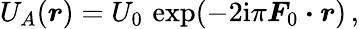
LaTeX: U_{A}(\boldsymbol r)=U_{0}\, \exp(-2\mathrm{i}\pi\boldsymbol F_{0}\boldsymbol\cdot\boldsymbol r)\, ,